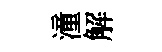
潼解